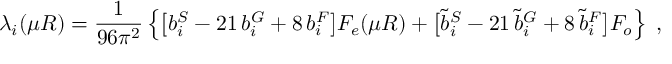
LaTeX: \lambda _ { i } ( \mu R ) = \frac { 1 } { 9 6 \pi ^ { 2 } } \left\{ \big [ b _ { i } ^ { S } - 2 1 \, b _ { i } ^ { G } + 8 \, b _ { i } ^ { F } \big ] F _ { e } ( \mu R ) + \big [ \tilde { b } _ { i } ^ { S } - 2 1 \, \tilde { b } _ { i } ^ { G } + 8 \, \tilde { b } _ { i } ^ { F } \big ] F _ { o } \right\} \; ,